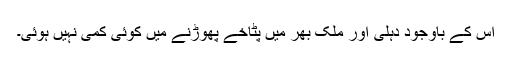
اس کے باوجود دہلی اور ملک بھر میں پٹاخے پھوڑنے میں کوئی کمی نہیں ہوئی۔